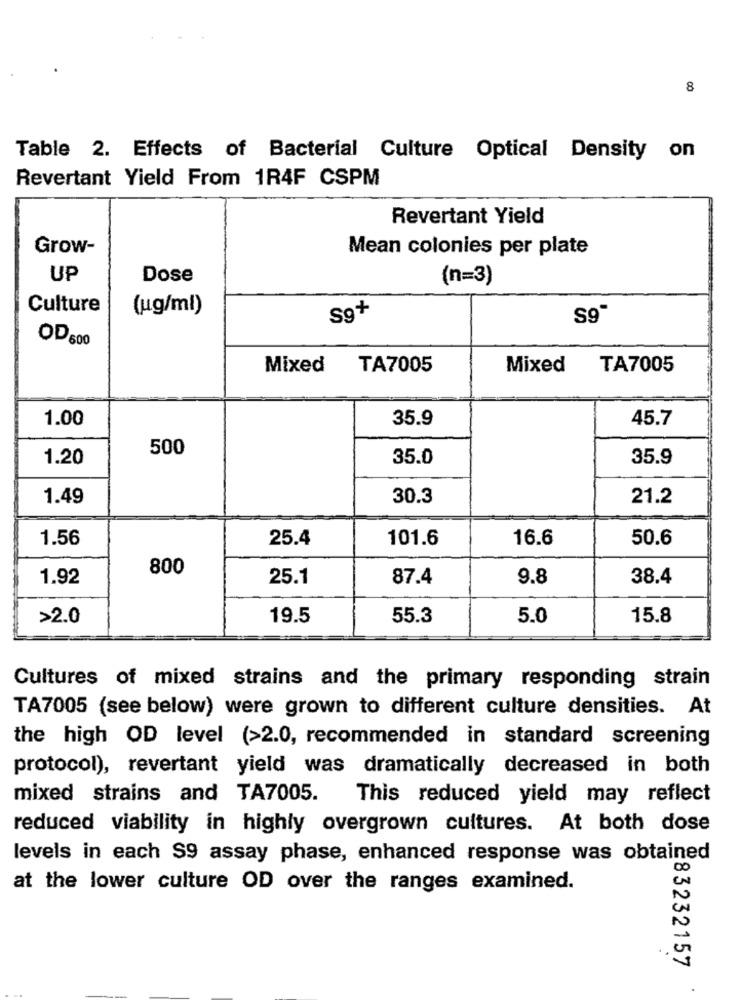
8
Table 2. Effects of Bacterial Culture Optical Density on
Revertant Yield From 1R4F CSPM
Revertant Yield
Grow-
Mean colonies per plate
UP
Dose
(n=3)
x
Culture
(ug/ml)
S9"
OD 600
Mixed
TA7005
Mixed
TA7005
1.00
35.9
45.7
500
1.20
35.0
35.9
1.49
30.3
21.2
1.56
25.4
101.6
16.6
50.6
800
1.92
25.1
87.4
9.8
38.4
>2.0
19.5
55.3
5.0
15.8
Cultures of mixed strains and the primary responding strain
TA7005 (see below) were grown to different culture densities. At
the high OD level (>2.0, recommended in standard screening
protocol), revertant yield was dramatically decreased in both
mixed strains and TA7005.
This reduced yield may reflect
reduced viability in highly overgrown cultures. At both dose
levels in each $9 assay phase, enhanced response was obtained
EN
at the lower culture OD over the ranges examined.
N
83232157